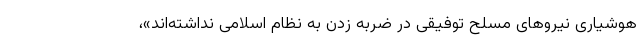
هوشیاری نیروهای مسلح توفیقی در ضربه زدن به نظام اسلامی نداشته‌اند»،